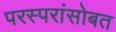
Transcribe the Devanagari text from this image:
परस्परांसोबत